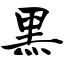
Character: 黑